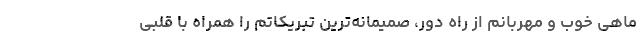
ماهی خوب و مهربانم از راه دور، صمیمانه‌ترین تبریکاتم را همراه با قلبی